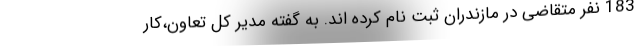
183 نفر متقاضی در مازندران ثبت نام کرده اند. به گفته مدیر کل تعاون،کار